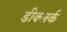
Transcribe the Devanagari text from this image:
डीक्लर्क